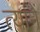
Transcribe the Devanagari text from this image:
त्यांनें